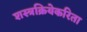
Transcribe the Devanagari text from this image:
शस्त्रक्रियेकरिता